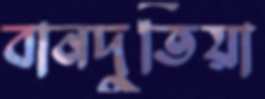
বানদুতিয়া